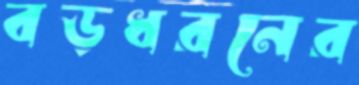
বড়ধরনের